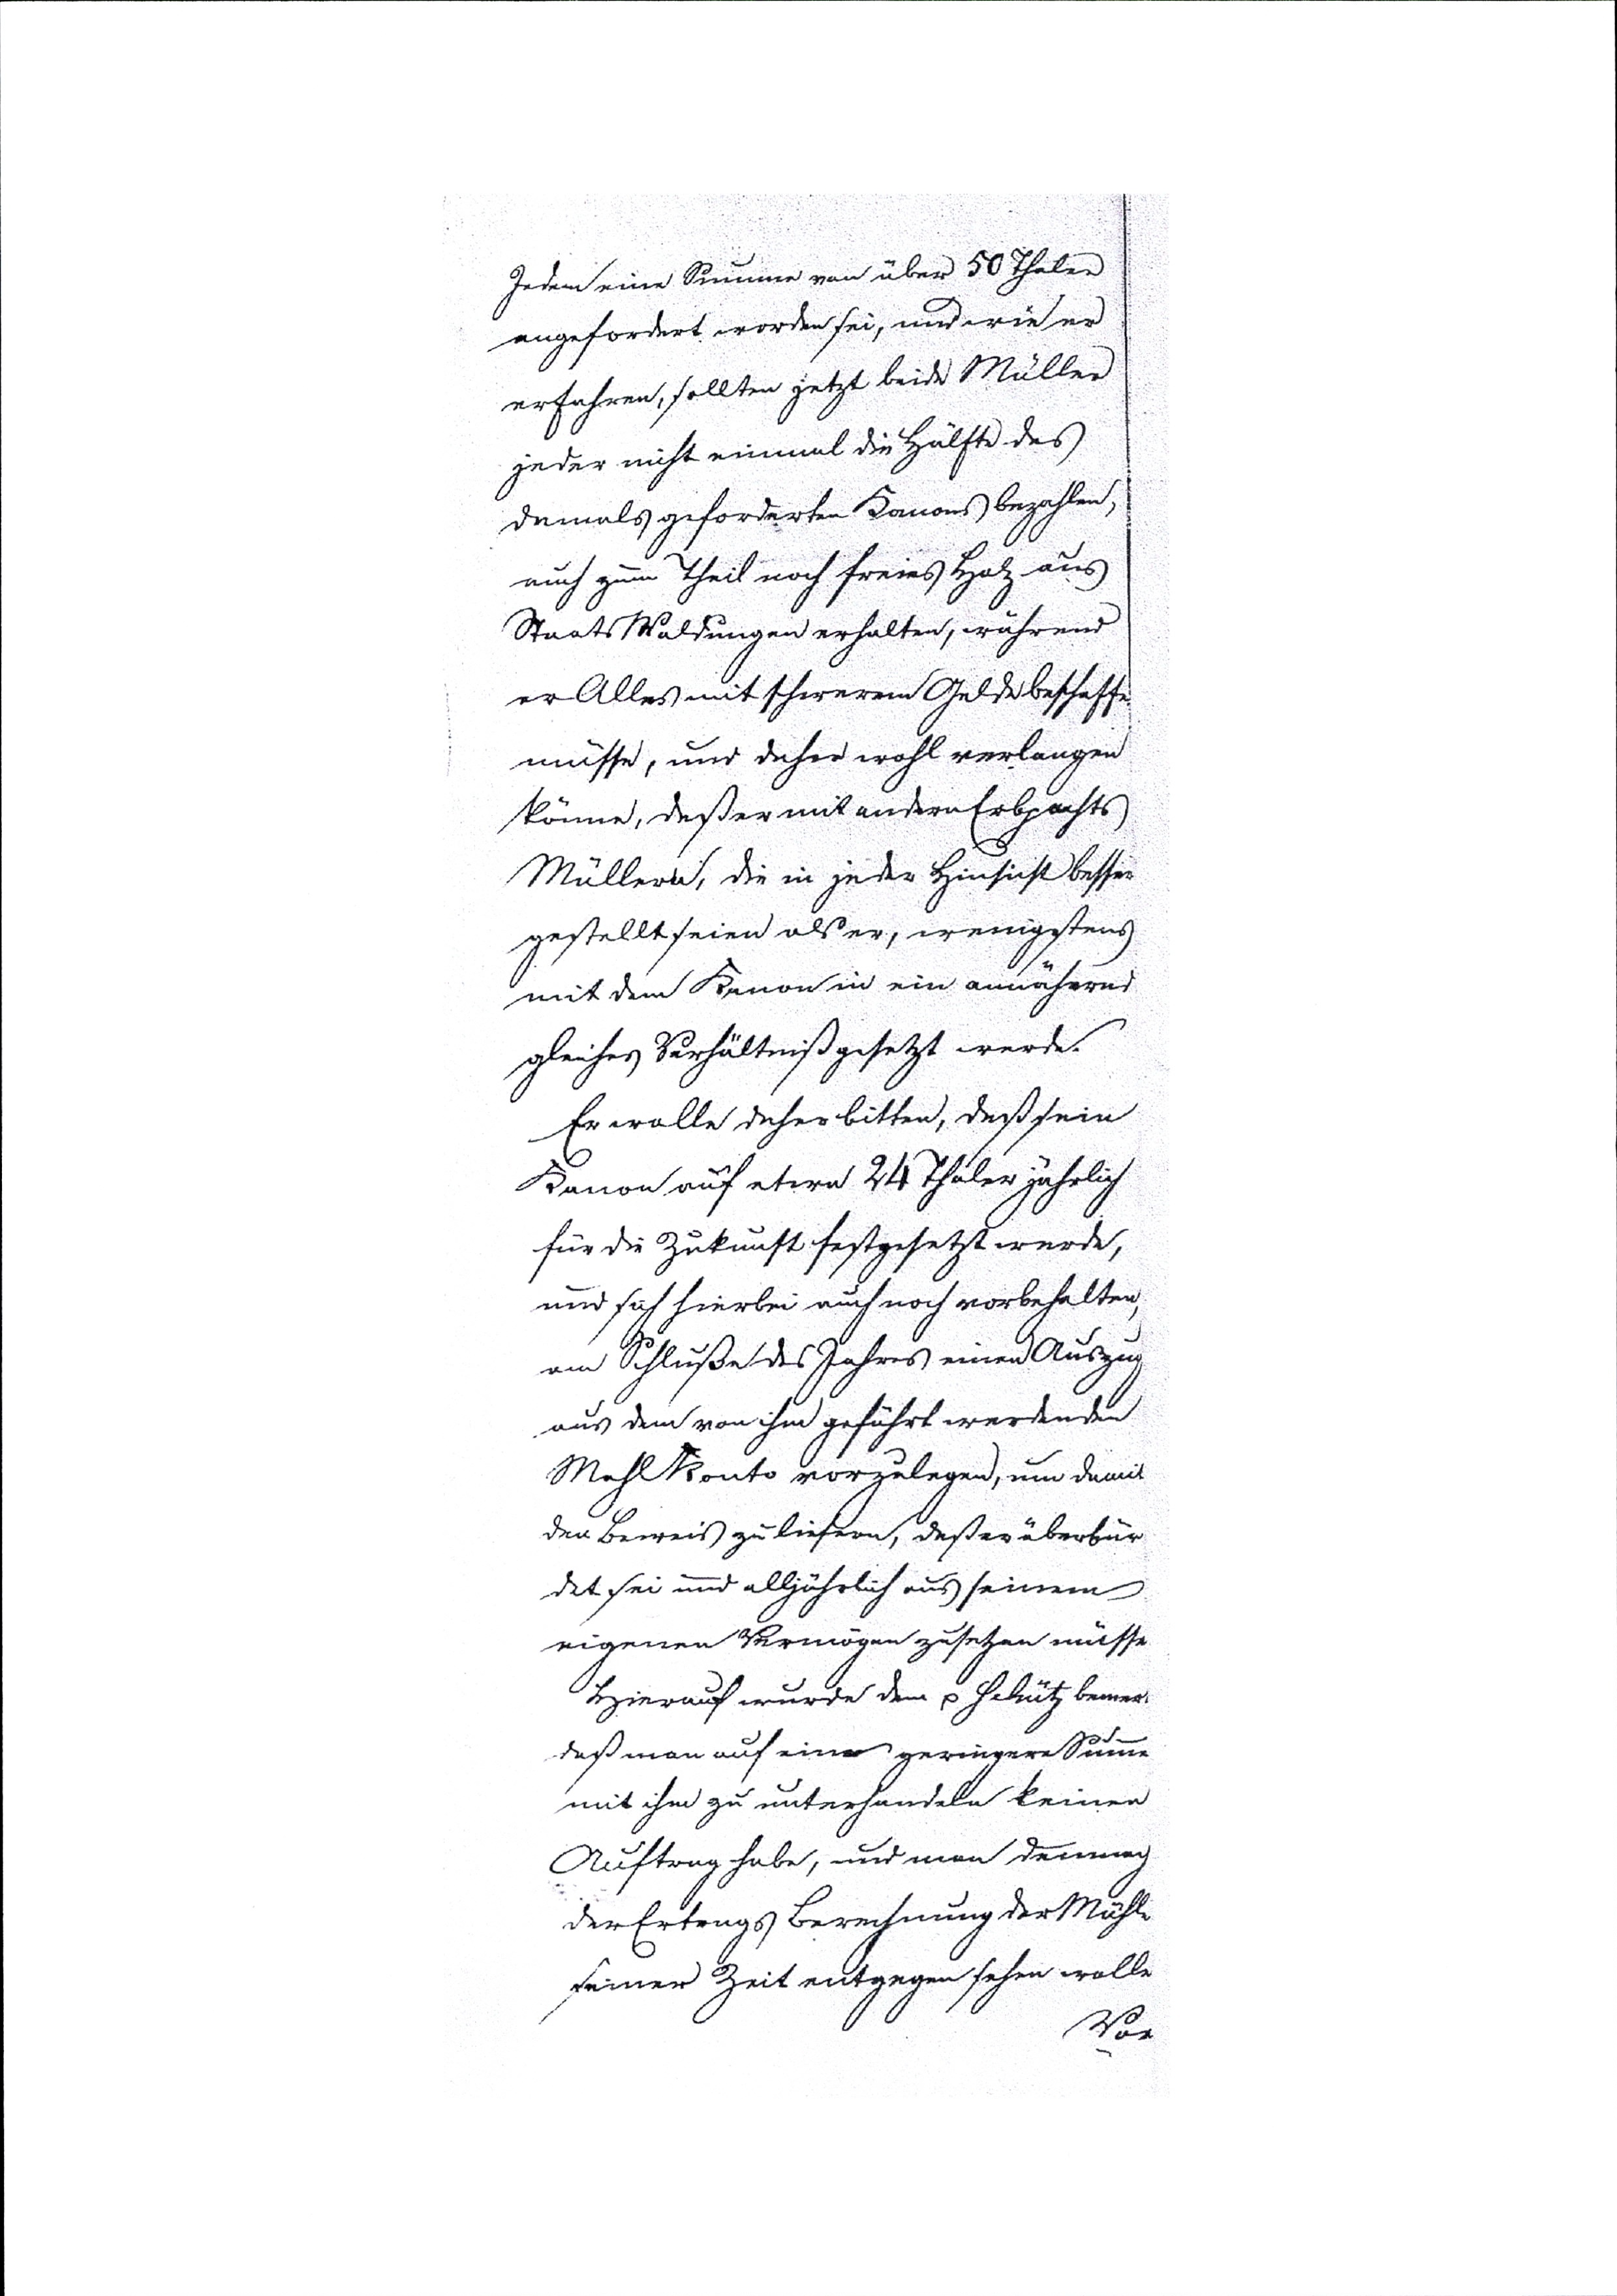
Jedem eine Summe von über 50 Thaler
angefordert worden sei, und wie er
erfahren, sollten jetzt beide Müller
jeder nicht einmal die Hälfte des
damals geforderten Kanons bezahlen,
auch zum Theil noch freies Holz aus
StaatsWaldungen erhalten, während
er Alles mit schweren Gelde beschaffen
müsse, und dieser wohl verlangen
könne, daß er mit andern Erbpachts
Müllern, die in jeder Hinsicht besser
gestellt seien als er, wenigstens
mit dem Kanon in ein annähernd
gleiches Verhältniß gesetzt werde.
Er wolle daher bitten, daß sein
Kanon auf etwa 24 Thaler jährlich
für die Zukunft festgesetzt werde,
und sich hierbei auch noch vorbehalten,
am Schluße des Jahres einen Auszug
aus dem von ihm geführt werdenden
Mahlkonto vorzulegen, um damit
den Beweis zu liefern, daß er überbür¬
det sei und alljährlich aus seinem
eigenen Vermögen zusetzten müsse
Hierauf wurde dem  Schütz bemer.
daß man auf einer geringern Summe
mit ihm zu unterhandeln keine
Auftrag habe, und man demnach
der Ertrags Berechnung der Mühle
seiner Zeit entgegen sehen wolle
Vor